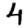
Digit: 4